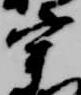
宰